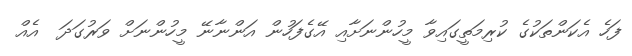
ފަހެ އެކަންތަކުގެ ކުރިމަތީގައިވާ މީހުންނަށާއި އޭގެފަހުން އަންނާނޭ މީހުންނަށް ވަރުގަދަ  އެއް